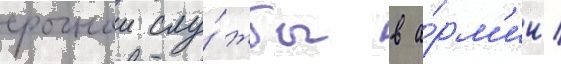
срочнои слу́жбы в а́рм'ии